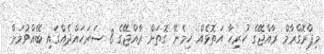
މިޕްރޮގްރާމް ރާއްޖޭގެ ހުރިހާ އަތޮޅެއް ހިމެނޭ ގޮތަށް ރާއްޖޭގެ 8 ސަރަހައްދެއްގައި ބޭއްވުމަށް